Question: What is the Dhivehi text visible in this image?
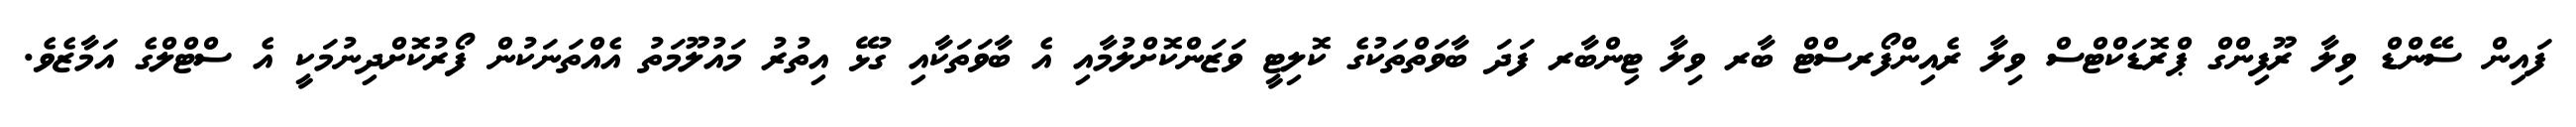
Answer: ފައިން ސޭންޑް ވިލާ ރޫފިންގް ޕްރޮޑަކްޓްސް ވިލާ ރެއިންފޯރސްޓް ބާރ ވިލާ ޓިންބާރ ފަދަ ބާވަތްތަކުގެ ކޮލިޓީ ވަޒަންކޮށްލުމާއި އެ ބާވަތަކާއި ގުޅޭ އިތުރު މައުލޫމަތު އެއްތަނަކުން ފޯރުކޮށްދިނުމަކީ އެ ސްޓްލްގެ އަމާޒެވެ.